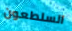
السلطعون